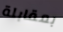
بمقابلة